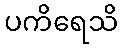
ပကိရေသိ